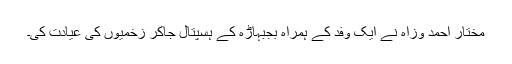
مختار احمد وزاہ نے ایک وفد کے ہمراہ بجبہاڑہ کے ہسپتال جاکر زخمیوں کی عیادت کی۔